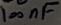
Text: 100nF